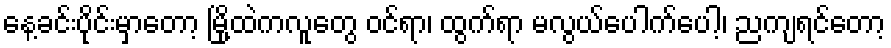
နေ့ခင်းပိုင်းမှာတော့ မြို့ထဲကလူတွေ ဝင်ရာ၊ ထွက်ရာ မလွယ်ပေါက်ပေါ့၊ ညကျရင်တော့